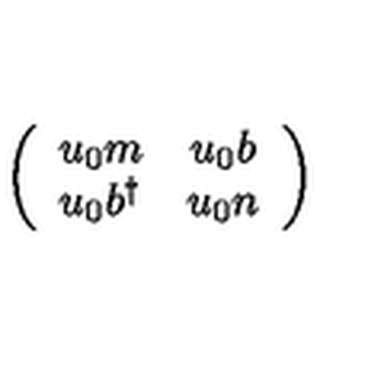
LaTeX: \left( \begin{array} { c c } { u _ { 0 } m } & { u _ { 0 } b } \\ { u _ { 0 } b ^ { \dag } } & { u _ { 0 } n } \\ \end{array} \right)